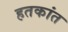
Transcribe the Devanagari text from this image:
हतकांत